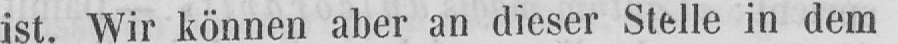
ist. Wir können aber an dieser Stelle in dem